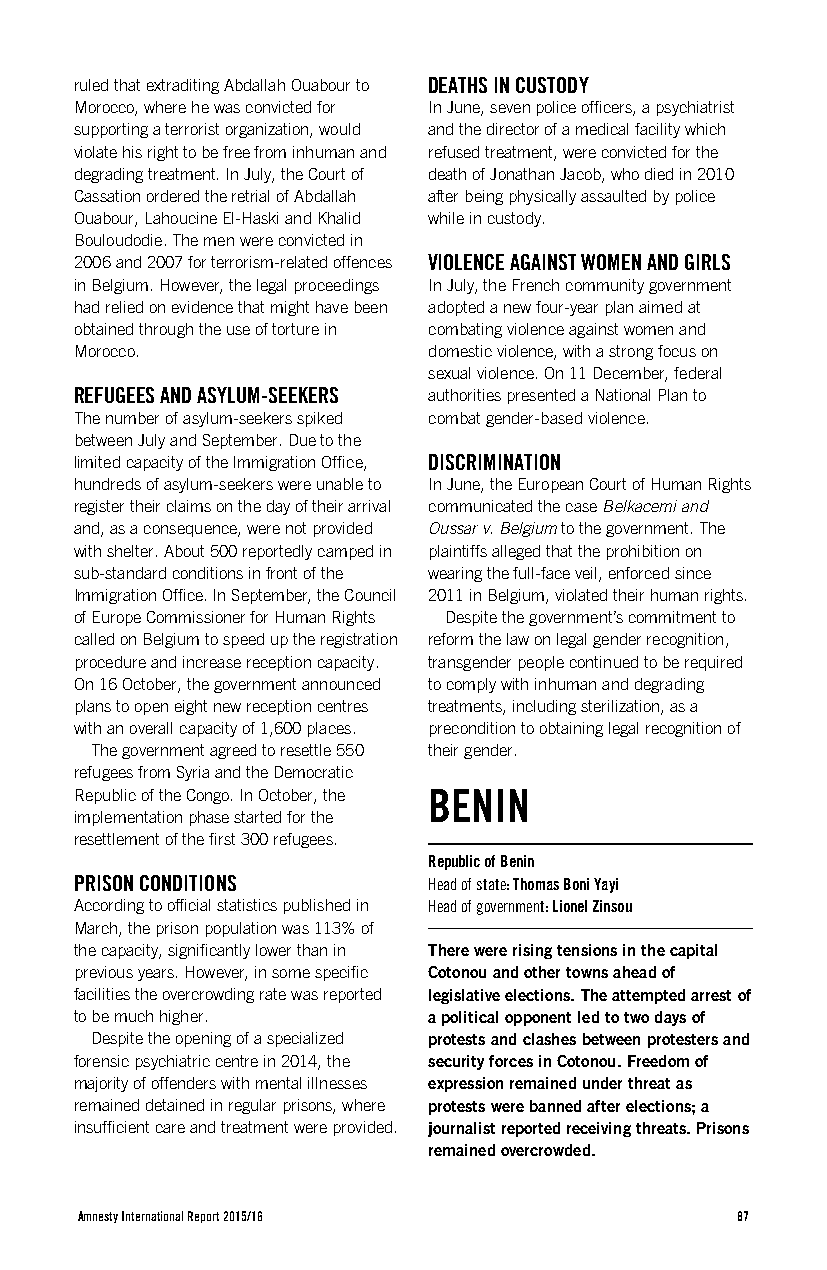
ruled that extraditing Abdallah Ouabour to DEATHS IN CUSTODY
 Morocco, where he was convicted for In June, seven police officers, a psychiatrist
 supporting a terrorist organization, would and the director of a medical facility which
 violate his right to be free from inhuman and refused treatment, were convicted for the
 degrading treatment. In July, the Court of death of Jonathan Jacob, who died in 2010
 Cassation ordered the retrial of Abdallah after being physically assaulted by police
 Ouabour, Lahoucine El-Haski and Khalid while in custody.
 Bouloudodie. The men were convicted in
 2006 and 2007 for terrorism-related offences VIOLENCE AGAINST WOMEN AND GIRLS
 in Belgium. However, the legal proceedings In July, the French community government
 had relied on evidence that might have been adopted a new four-year plan aimed at
 obtained through the use of torture in combating violence against women and
 Morocco.               domestic violence, with a strong focus on
 sexual violence. On 11 December, federal
 REFUGEES AND ASYLUM-SEEKERS authorities presented a National Plan to
 The number of asylum-seekers spiked combat gender-based violence.
 between July and September. Due to the
 limited capacity of the Immigration Office, DISCRIMINATION
 hundreds of asylum-seekers were unable to In June, the European Court of Human Rights
 register their claims on the day of their arrival communicated the case Belkacemi and
 and, as a consequence, were not provided Oussar v. Belgium to the government. The
 with shelter. About 500 reportedly camped in plaintiffs alleged that the prohibition on
 sub-standard conditions in front of the wearing the full-face veil, enforced since
 Immigration Office. In September, the Council 2011 in Belgium, violated their human rights.
 of Europe Commissioner for Human Rights Despite the government’s commitment to
 called on Belgium to speed up the registration reform the law on legal gender recognition,
 procedure and increase reception capacity. transgender people continued to be required
 On 16 October, the government announced to comply with inhuman and degrading
 plans to open eight new reception centres treatments, including sterilization, as a
 with an overall capacity of 1,600 places. precondition to obtaining legal recognition of
 The government agreed to resettle 550 their gender.
 refugees from Syria and the Democratic
 Republic of the Congo. In October, the BENIN
 implementation phase started for the
 resettlement of the first 300 refugees.
 Republic of Benin
 PRISON CONDITIONS      Head of state: Thomas Boni Yayi
 According to official statistics published in Head of government: Lionel Zinsou
 March, the prison population was 113% of
 the capacity, significantly lower than in There were rising tensions in the capital
 previous years. However, in some specific Cotonou and other towns ahead of
 facilities the overcrowding rate was reported legislative elections. The attempted arrest of
 to be much higher.     a political opponent led to two days of
 Despite the opening of a specialized protests and clashes between protesters and
 forensic psychiatric centre in 2014, the security forces in Cotonou. Freedom of
 majority of offenders with mental illnesses expression remained under threat as
 remained detained in regular prisons, where protests were banned after elections; a
 insufficient care and treatment were provided. journalist reported receiving threats. Prisons
 remained overcrowded.
 Amnesty International Report 2015/16        87